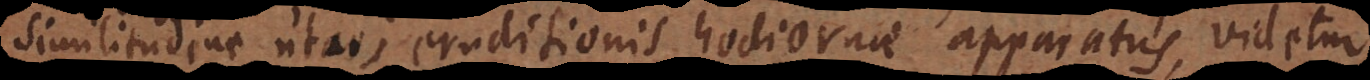
similitudine utar; eruditionis hodiernae apparatus, videtur